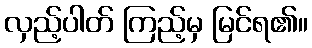
လှည့်ပါတ် ကြည့်မှ မြင်ရ၏။